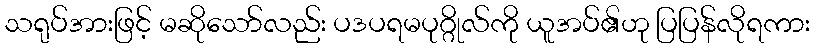
သရုပ်အားဖြင့် မဆိုသော်လည်း ပဒပရမပုဂ္ဂိုလ်ကို ယူအပ်၏ဟု ပြပြန်လိုရကား